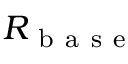
R _ { \mathrm { ~ b ~ a ~ s ~ e ~ } }